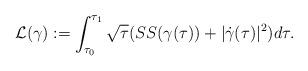
LaTeX: \begin{align*}\mathcal{L}(\gamma):=\int_{\tau_{0}}^{\tau_{1}}\sqrt{\tau}(\SS(\gamma(\tau))+|\dot{\gamma}(\tau)|^2)d\tau.\end{align*}